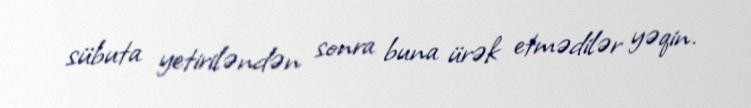
sübuta yetiriləndən sonra buna ürək etmədilər yəqin.